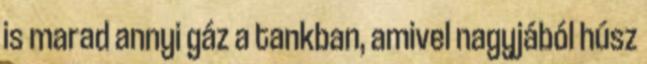
is marad annyi gáz a tankban, amivel nagyjából húsz